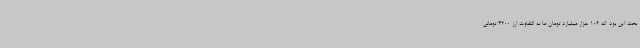
بحث این بود که 106 هزار میلیارد تومان ما به التفاوت ارز 4200 تومانی